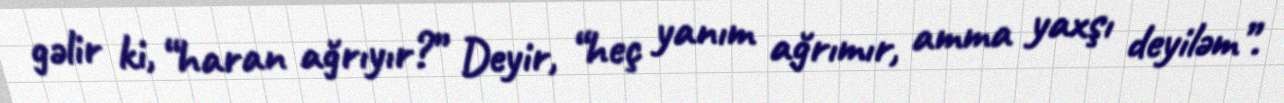
gəlir ki, “haran ağrıyır?” Deyir, “heç yanım ağrımır, amma yaxşı deyiləm”.